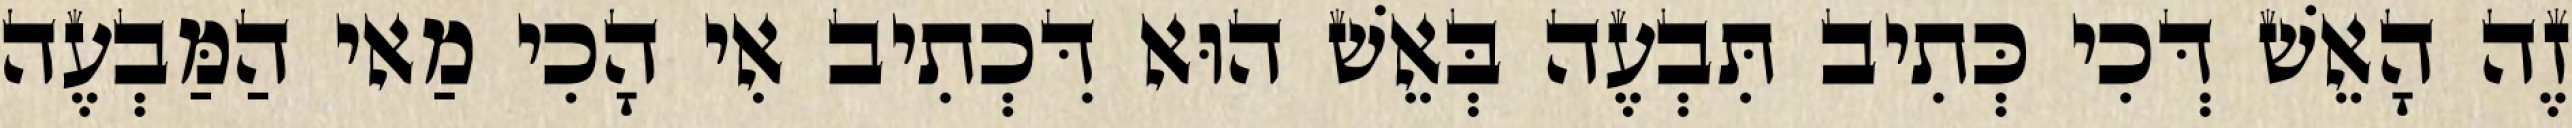
זֶה הָאֵשׁ דְּכִי כְּתִיב תִּבְעֶה בְּאֵשׁ הוּא דִּכְתִיב אִי הָכִי מַאי הַמַּבְעֶה